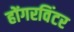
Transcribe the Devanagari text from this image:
होंगरविंटर